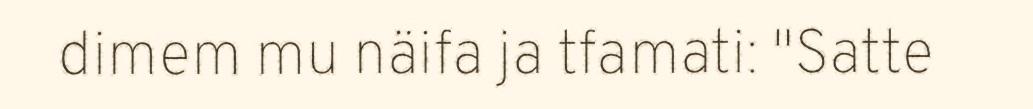
dimem mu näifa ja tfamati: "Satte